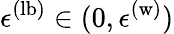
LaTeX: \epsilon^{\mathrm{(lb)}}\in(0,\epsilon^{\mathrm{(w)}})